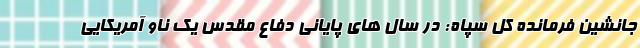
جانشین فرمانده کل سپاه: در سال های پایانی دفاع مقدس یک ناو آمریکایی